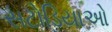
સટોડિયાઓ